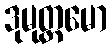
ဒုမုတ္တမော